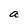
Character: a